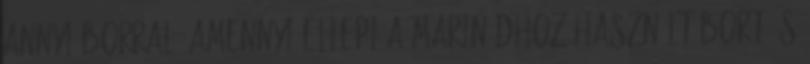
annyi borral, amennyi ellepi a marinádhoz használt bort és